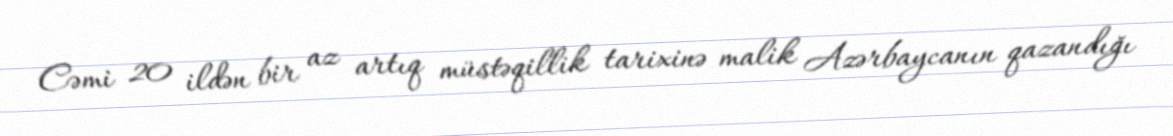
Cəmi 20 ildən bir az artıq müstəqillik tarixinə malik Azərbaycanın qazandığı